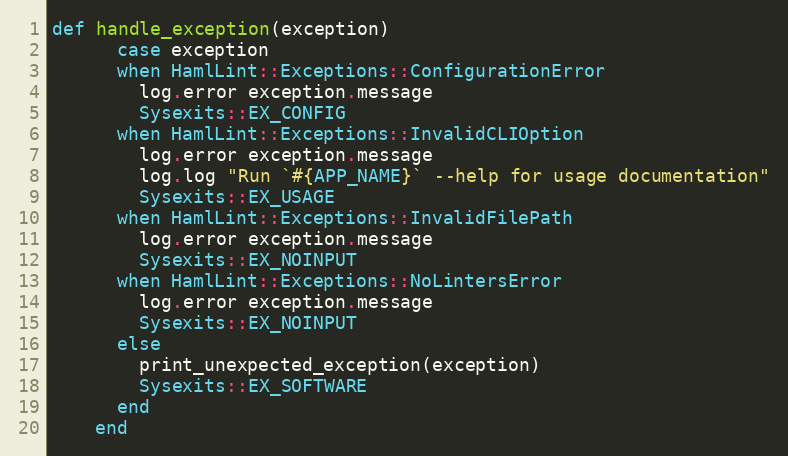
Language: Ruby
def handle_exception(exception)
      case exception
      when HamlLint::Exceptions::ConfigurationError
        log.error exception.message
        Sysexits::EX_CONFIG
      when HamlLint::Exceptions::InvalidCLIOption
        log.error exception.message
        log.log "Run `#{APP_NAME}` --help for usage documentation"
        Sysexits::EX_USAGE
      when HamlLint::Exceptions::InvalidFilePath
        log.error exception.message
        Sysexits::EX_NOINPUT
      when HamlLint::Exceptions::NoLintersError
        log.error exception.message
        Sysexits::EX_NOINPUT
      else
        print_unexpected_exception(exception)
        Sysexits::EX_SOFTWARE
      end
    end